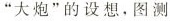
”大炮”的设想，图测